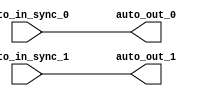
module IntSyncCrossingSink_1( // @[:freechips.rocketchip.system.TinyConfig.fir@115314.2]
  input   auto_in_sync_0, // @[:freechips.rocketchip.system.TinyConfig.fir@115317.4]
  input   auto_in_sync_1, // @[:freechips.rocketchip.system.TinyConfig.fir@115317.4]
  output  auto_out_0, // @[:freechips.rocketchip.system.TinyConfig.fir@115317.4]
  output  auto_out_1 // @[:freechips.rocketchip.system.TinyConfig.fir@115317.4]
);
  assign auto_out_0 = auto_in_sync_0; // @[LazyModule.scala 173:49:freechips.rocketchip.system.TinyConfig.fir@115326.4]
  assign auto_out_1 = auto_in_sync_1; // @[LazyModule.scala 173:49:freechips.rocketchip.system.TinyConfig.fir@115326.4]
endmodule